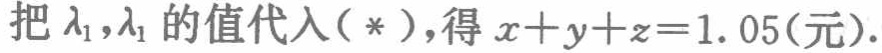
把\(\lambda_{1},\lambda_{1}\)的值代入（*），得\(x + y + z = 1.05(\text{元})\).